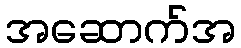
အဆောက်အ